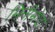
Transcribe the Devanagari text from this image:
मिनीमोटो